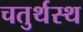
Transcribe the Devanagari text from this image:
चतुर्थस्थ